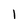
Character: 1